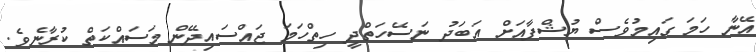
އޭނާ ހަމަ ގައިމުވެސް ޔުޝްފާއަށް އަބަދު ނަސޭހަތްދީ ހިތްހަމަ ޖައްސައިދޭން މަސައްކަތް ކުރާނެވެ.